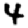
Digit: 4